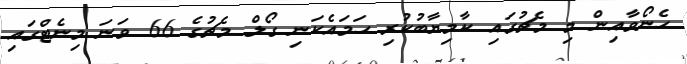
ހެނޯވާއިން މި މެޗުގައި ކާމިޔާބުކުރި ހަމައެކަނި ގޯލް މެޗުގެ 66 ވަނަ މިނެޓްގައި